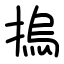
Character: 摀